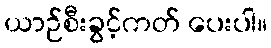
ယာဉ်စီးခွင့်ကတ် ပေးပါ။